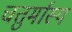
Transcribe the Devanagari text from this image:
चतुर्मास्य